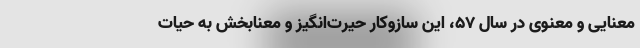
معنایی و معنوی در سال ۵۷، این سازوکار حیرت‌انگیز و معنابخش به حیات